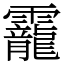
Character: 靇